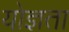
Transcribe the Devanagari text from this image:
योज्ञता